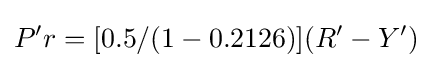
P'r=[0.5/(1-0.2126)](R'-Y')